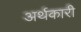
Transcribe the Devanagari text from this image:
अर्थकारी